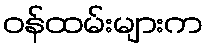
ဝန်ထမ်းများက